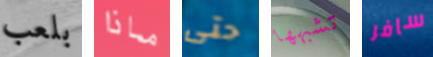
بلعب ماذا حتى تشبهها سافر